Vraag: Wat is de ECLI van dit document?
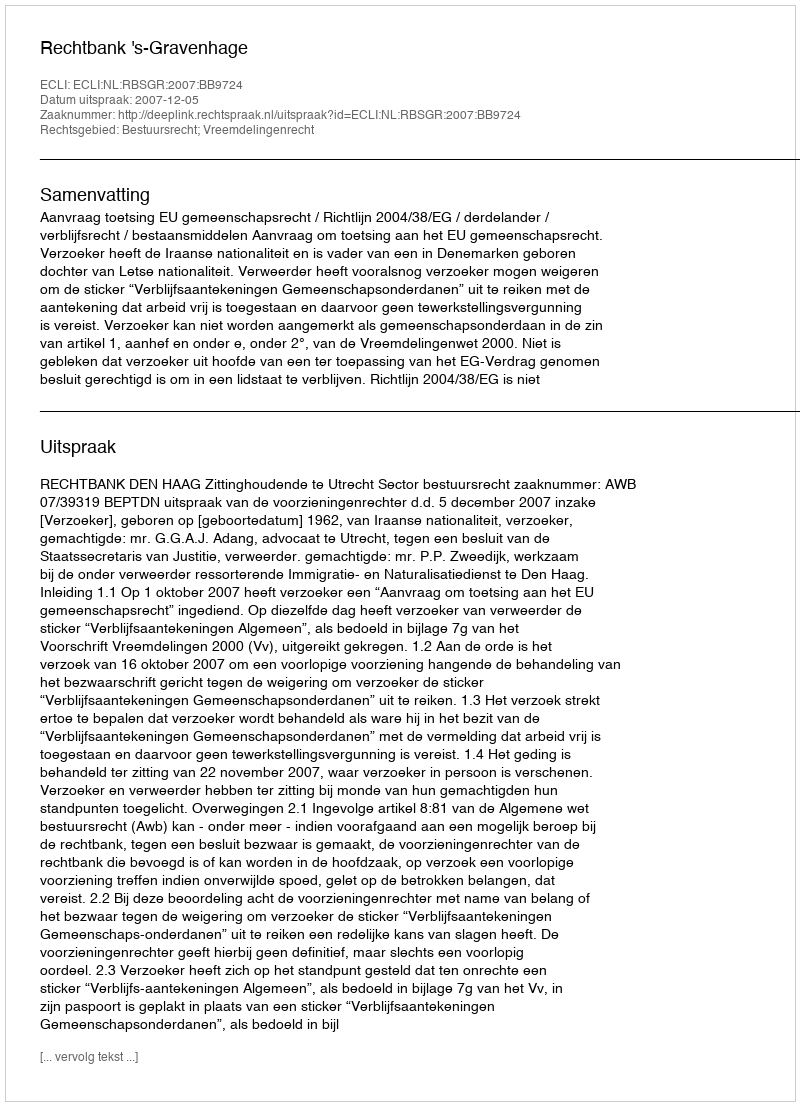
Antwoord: ECLI:NL:RBSGR:2007:BB9724